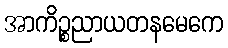
အာကိဉ္စညာယတနမေကေ